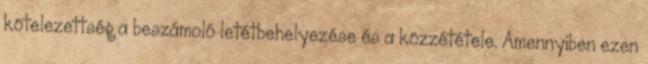
kötelezettség a beszámoló letétbehelyezése és a közzététele. Amennyiben ezen